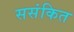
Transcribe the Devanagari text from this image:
ससंकित